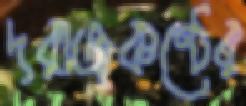
দরাজকণ্ঠের